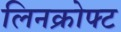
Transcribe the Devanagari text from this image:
लिनक्रोफ्ट